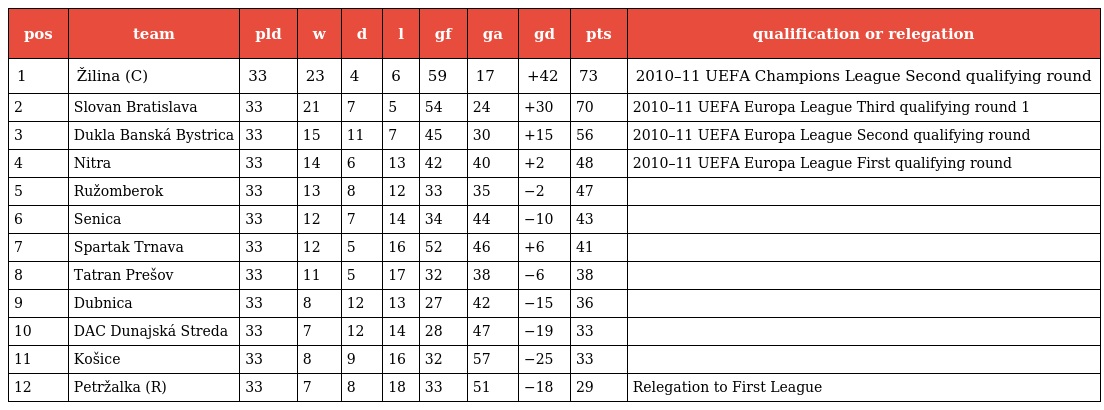
| pos | team | pld | w | d | l | gf | ga | gd | pts | qualification or relegation |
 | --- | --- | --- | --- | --- | --- | --- | --- | --- | --- | --- |
 | 1 | Žilina (C) | 33 | 23 | 4 | 6 | 59 | 17 | +42 | 73 | 2010–11 UEFA Champions League Second qualifying round |
 | 2 | Slovan Bratislava | 33 | 21 | 7 | 5 | 54 | 24 | +30 | 70 | 2010–11 UEFA Europa League Third qualifying round 1 |
 | 3 | Dukla Banská Bystrica | 33 | 15 | 11 | 7 | 45 | 30 | +15 | 56 | 2010–11 UEFA Europa League Second qualifying round |
 | 4 | Nitra | 33 | 14 | 6 | 13 | 42 | 40 | +2 | 48 | 2010–11 UEFA Europa League First qualifying round |
 | 5 | Ružomberok | 33 | 13 | 8 | 12 | 33 | 35 | −2 | 47 |  |
 | 6 | Senica | 33 | 12 | 7 | 14 | 34 | 44 | −10 | 43 |  |
 | 7 | Spartak Trnava | 33 | 12 | 5 | 16 | 52 | 46 | +6 | 41 |  |
 | 8 | Tatran Prešov | 33 | 11 | 5 | 17 | 32 | 38 | −6 | 38 |  |
 | 9 | Dubnica | 33 | 8 | 12 | 13 | 27 | 42 | −15 | 36 |  |
 | 10 | DAC Dunajská Streda | 33 | 7 | 12 | 14 | 28 | 47 | −19 | 33 |  |
 | 11 | Košice | 33 | 8 | 9 | 16 | 32 | 57 | −25 | 33 |  |
 | 12 | Petržalka (R) | 33 | 7 | 8 | 18 | 33 | 51 | −18 | 29 | Relegation to First League |